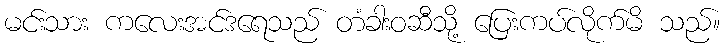
မင်းသား ကလေးအင်ဒရေသည် တံခါးဝဆီသို့ ပြေးကပ်လိုက်မိ သည်။